Lunatic asylums Madras 1892-1911 - 1892-1911
Year: 1892
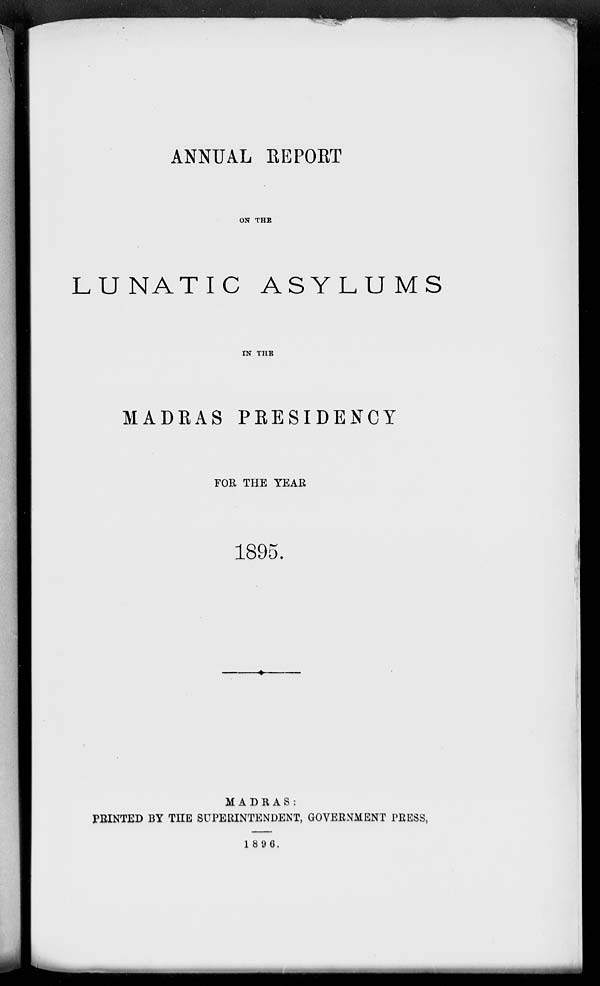
ANNUAL EEPORT
ON THE
LUNATIC ASYLUMS
IN THE
MADRAS PRESIDENCY
FOR THE TEAE
1895.
MADRAS :
FEINTED BY THE SUPERINTENDENT, GOVERNMENT PRESS,
1896.